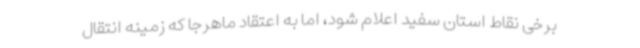
برخی نقاط استان سفید اعلام شود، اما به اعتقاد ماهرجا که زمینه انتقال